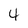
Character: 4